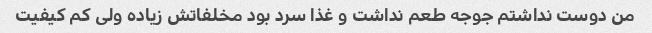
من دوست نداشتم جوجه طعم نداشت و غذا سرد بود مخلفاتش زیاده ولی کم کیفیت